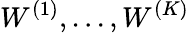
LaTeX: W^{(1)},...,W^{(K)}